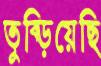
তুব্‌ড়িয়েছি